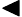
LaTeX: \blacktriangleleft